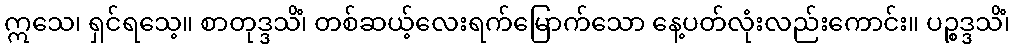
ဣသေ၊ ရှင်ရသေ့။ စာတုဒ္ဒသိံ၊ တစ်ဆယ့်လေးရက်မြောက်သော နေ့ပတ်လုံးလည်းကောင်း။ ပဉ္စဒ္ဒသိံ၊